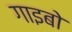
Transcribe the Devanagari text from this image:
गाइबो